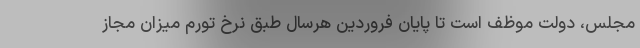
مجلس، دولت موظف است تا پایان فروردین هرسال طبق نرخ تورم میزان مجازِ